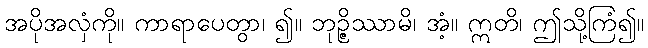
အပိုအလှံကို။ ကာရာပေတွာ၊ ၍။ ဘုဉ္ဇိဿာမိ၊ အံ့။ ဣတိ၊ ဤသို့ကြံ၍။